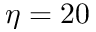
\eta = 2 0